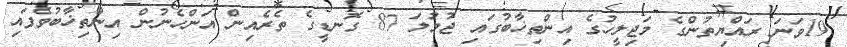
19ވަނަ ރައްޔިތުންގެ މަޖިލީހުގެ އިންތިޚާބުގައި ޖުމުލަ 87 ގޮނޑީގެ ތެރެއިން އަންހެނުން އިންތިޚާބުވެފައި